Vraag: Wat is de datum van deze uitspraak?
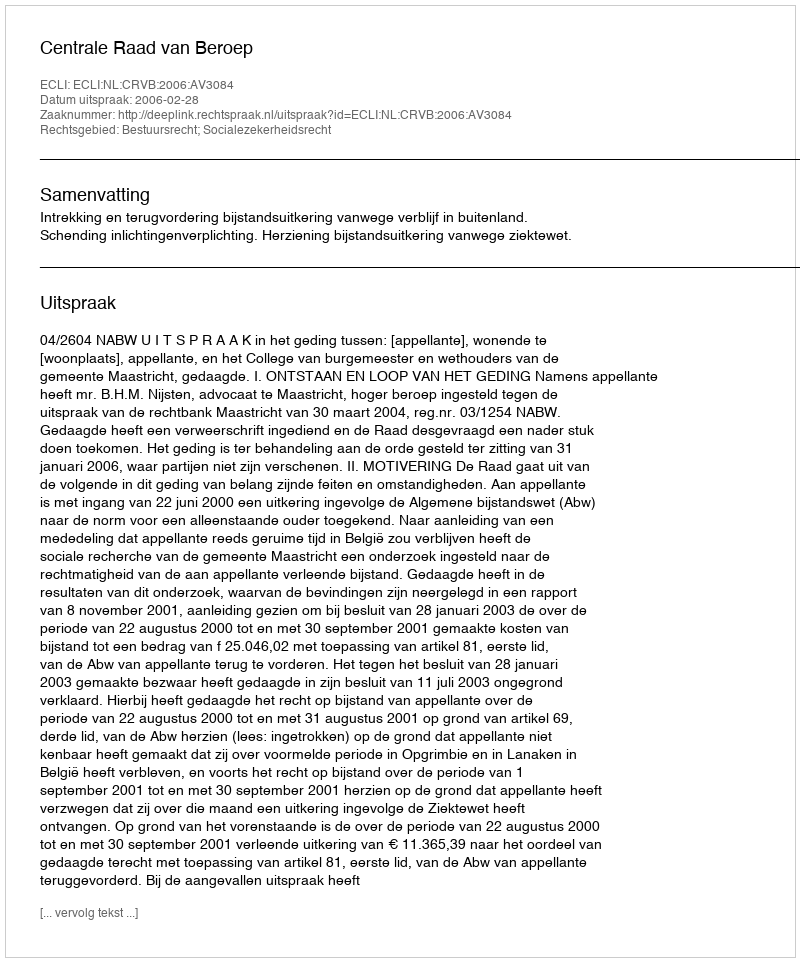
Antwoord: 2006-02-28